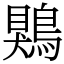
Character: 鶪